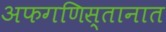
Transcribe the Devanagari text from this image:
अफगणिस्तानात